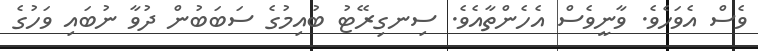
ވެސް އެވަހެވެ. ވާނީވެސް އެހެންތާއެވެ. ސިނގިރޭޓު ބުއިމުގެ ސަބަބުން ދުވާ ނުބައި ވަހުގެ